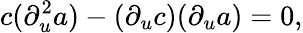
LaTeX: c(\partial_{u}^{2}a)-(\partial_{u}c)(\partial_{u}a)=0,